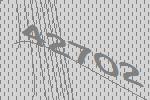
42702